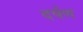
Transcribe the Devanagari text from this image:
दर्षण